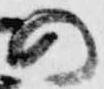
の